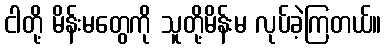
ငါတို့ မိန်းမတွေကို သူတို့မိန်းမ လုပ်ခဲ့ကြတယ်။